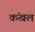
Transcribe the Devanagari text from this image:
कंखल